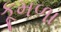
કૂમળા